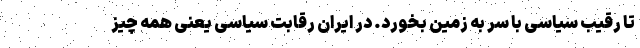
تا رقیب سیاسی با سر به زمین بخورد. در ایران رقابت سیاسی یعنی همه چیز